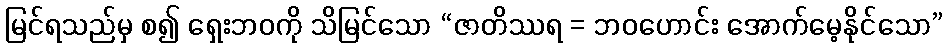
မြင်ရသည်မှ စ၍ ရှေးဘဝကို သိမြင်သော “ဇာတိဿရ = ဘဝဟောင်း အောက်မေ့နိုင်သော”